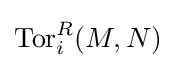
\operatorname {Tor} _{i}^{R}(M,N)